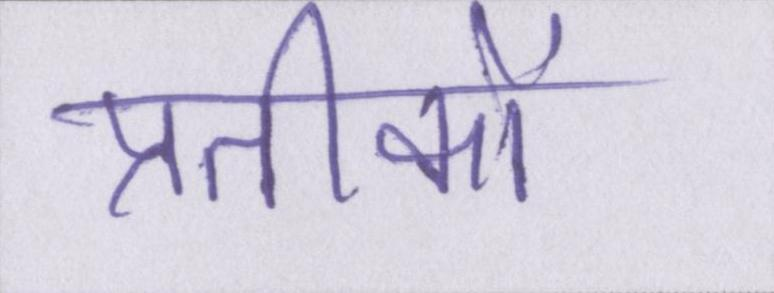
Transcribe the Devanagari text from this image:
प्रतीकों